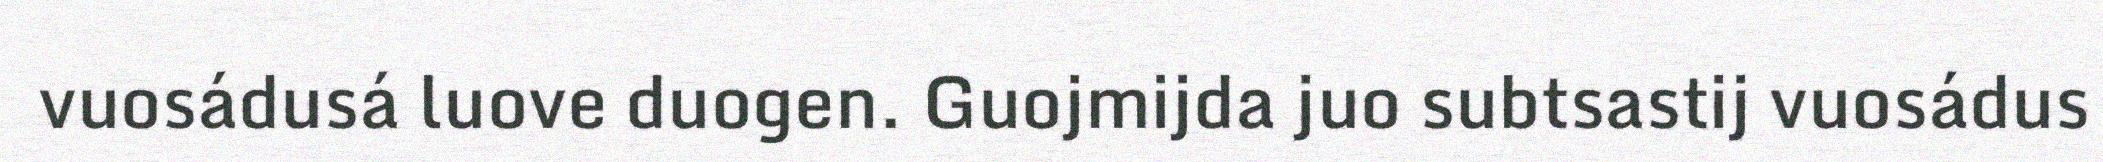
vuosádusá luove duogen. Guojmijda juo subtsastij vuosádus